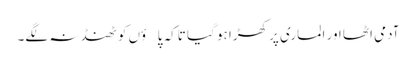
آدمی اٹھا اور الماری پر کھڑا ہو گیا تاکہ پاؤں کو ٹھنڈ نہ لگے۔